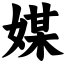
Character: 媒